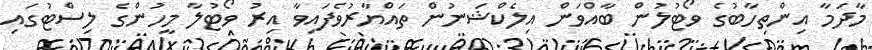
މާދަމާ އިންތިހާބުގެ ވޯޓުލުން ބާއްވަން އިލެކްޝަނުން ތައްޔާރުވެފައިވާ އިރު ވޯޓުލާ މީހުންގެ ލިސްޓުގައި